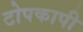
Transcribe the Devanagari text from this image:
टोपकापी